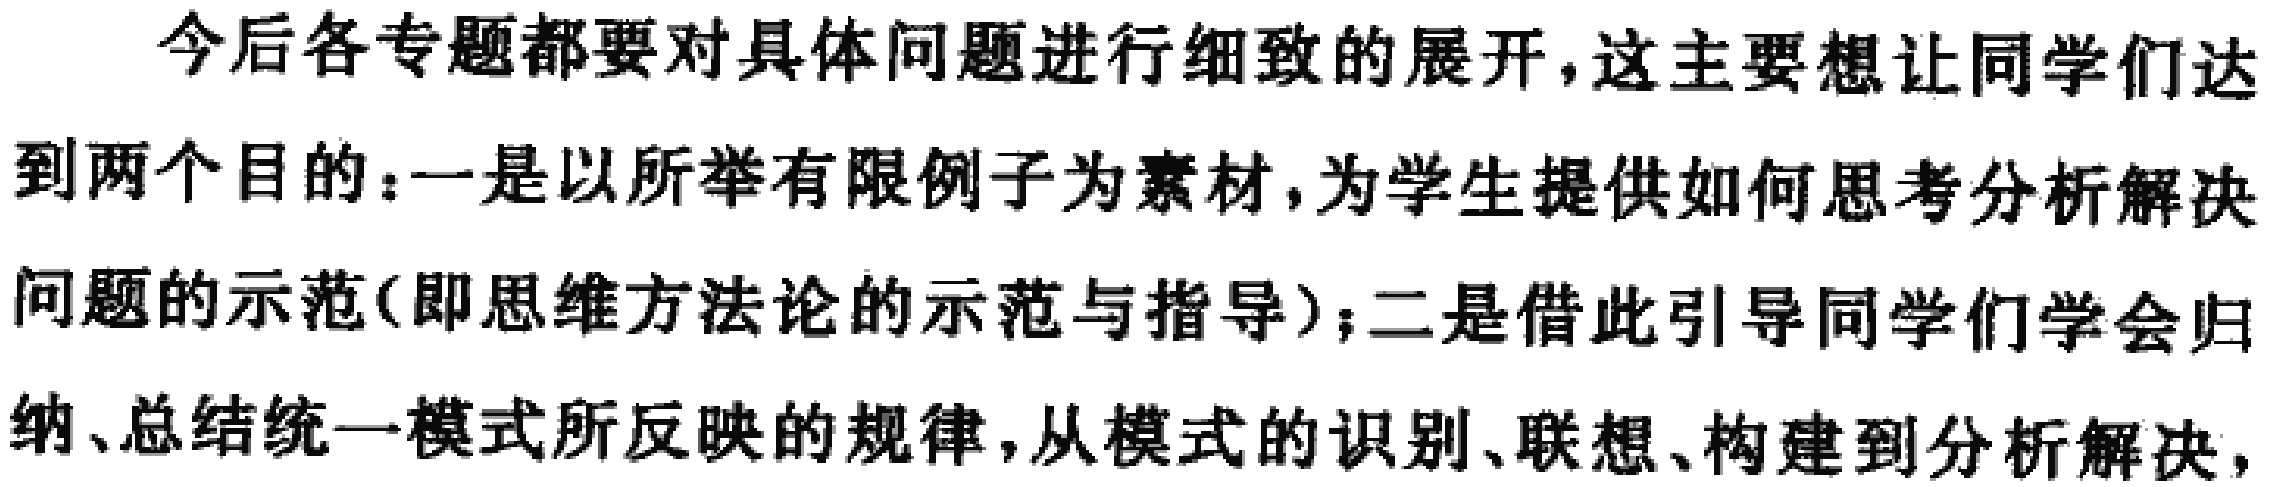
今后各专题都要对具体问题进行细致的展开，这主要想让同学们达到两个目的：一是以所举有限例子为素材，为学生提供如何思考分析解决问题的示范(即思维方法论的示范与指导)；二是借此引导同学们学会归纳、总结统一模式所反映的规律，从模式的识别、联想、构建到分析解决，